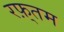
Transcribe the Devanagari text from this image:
रफ़्तम